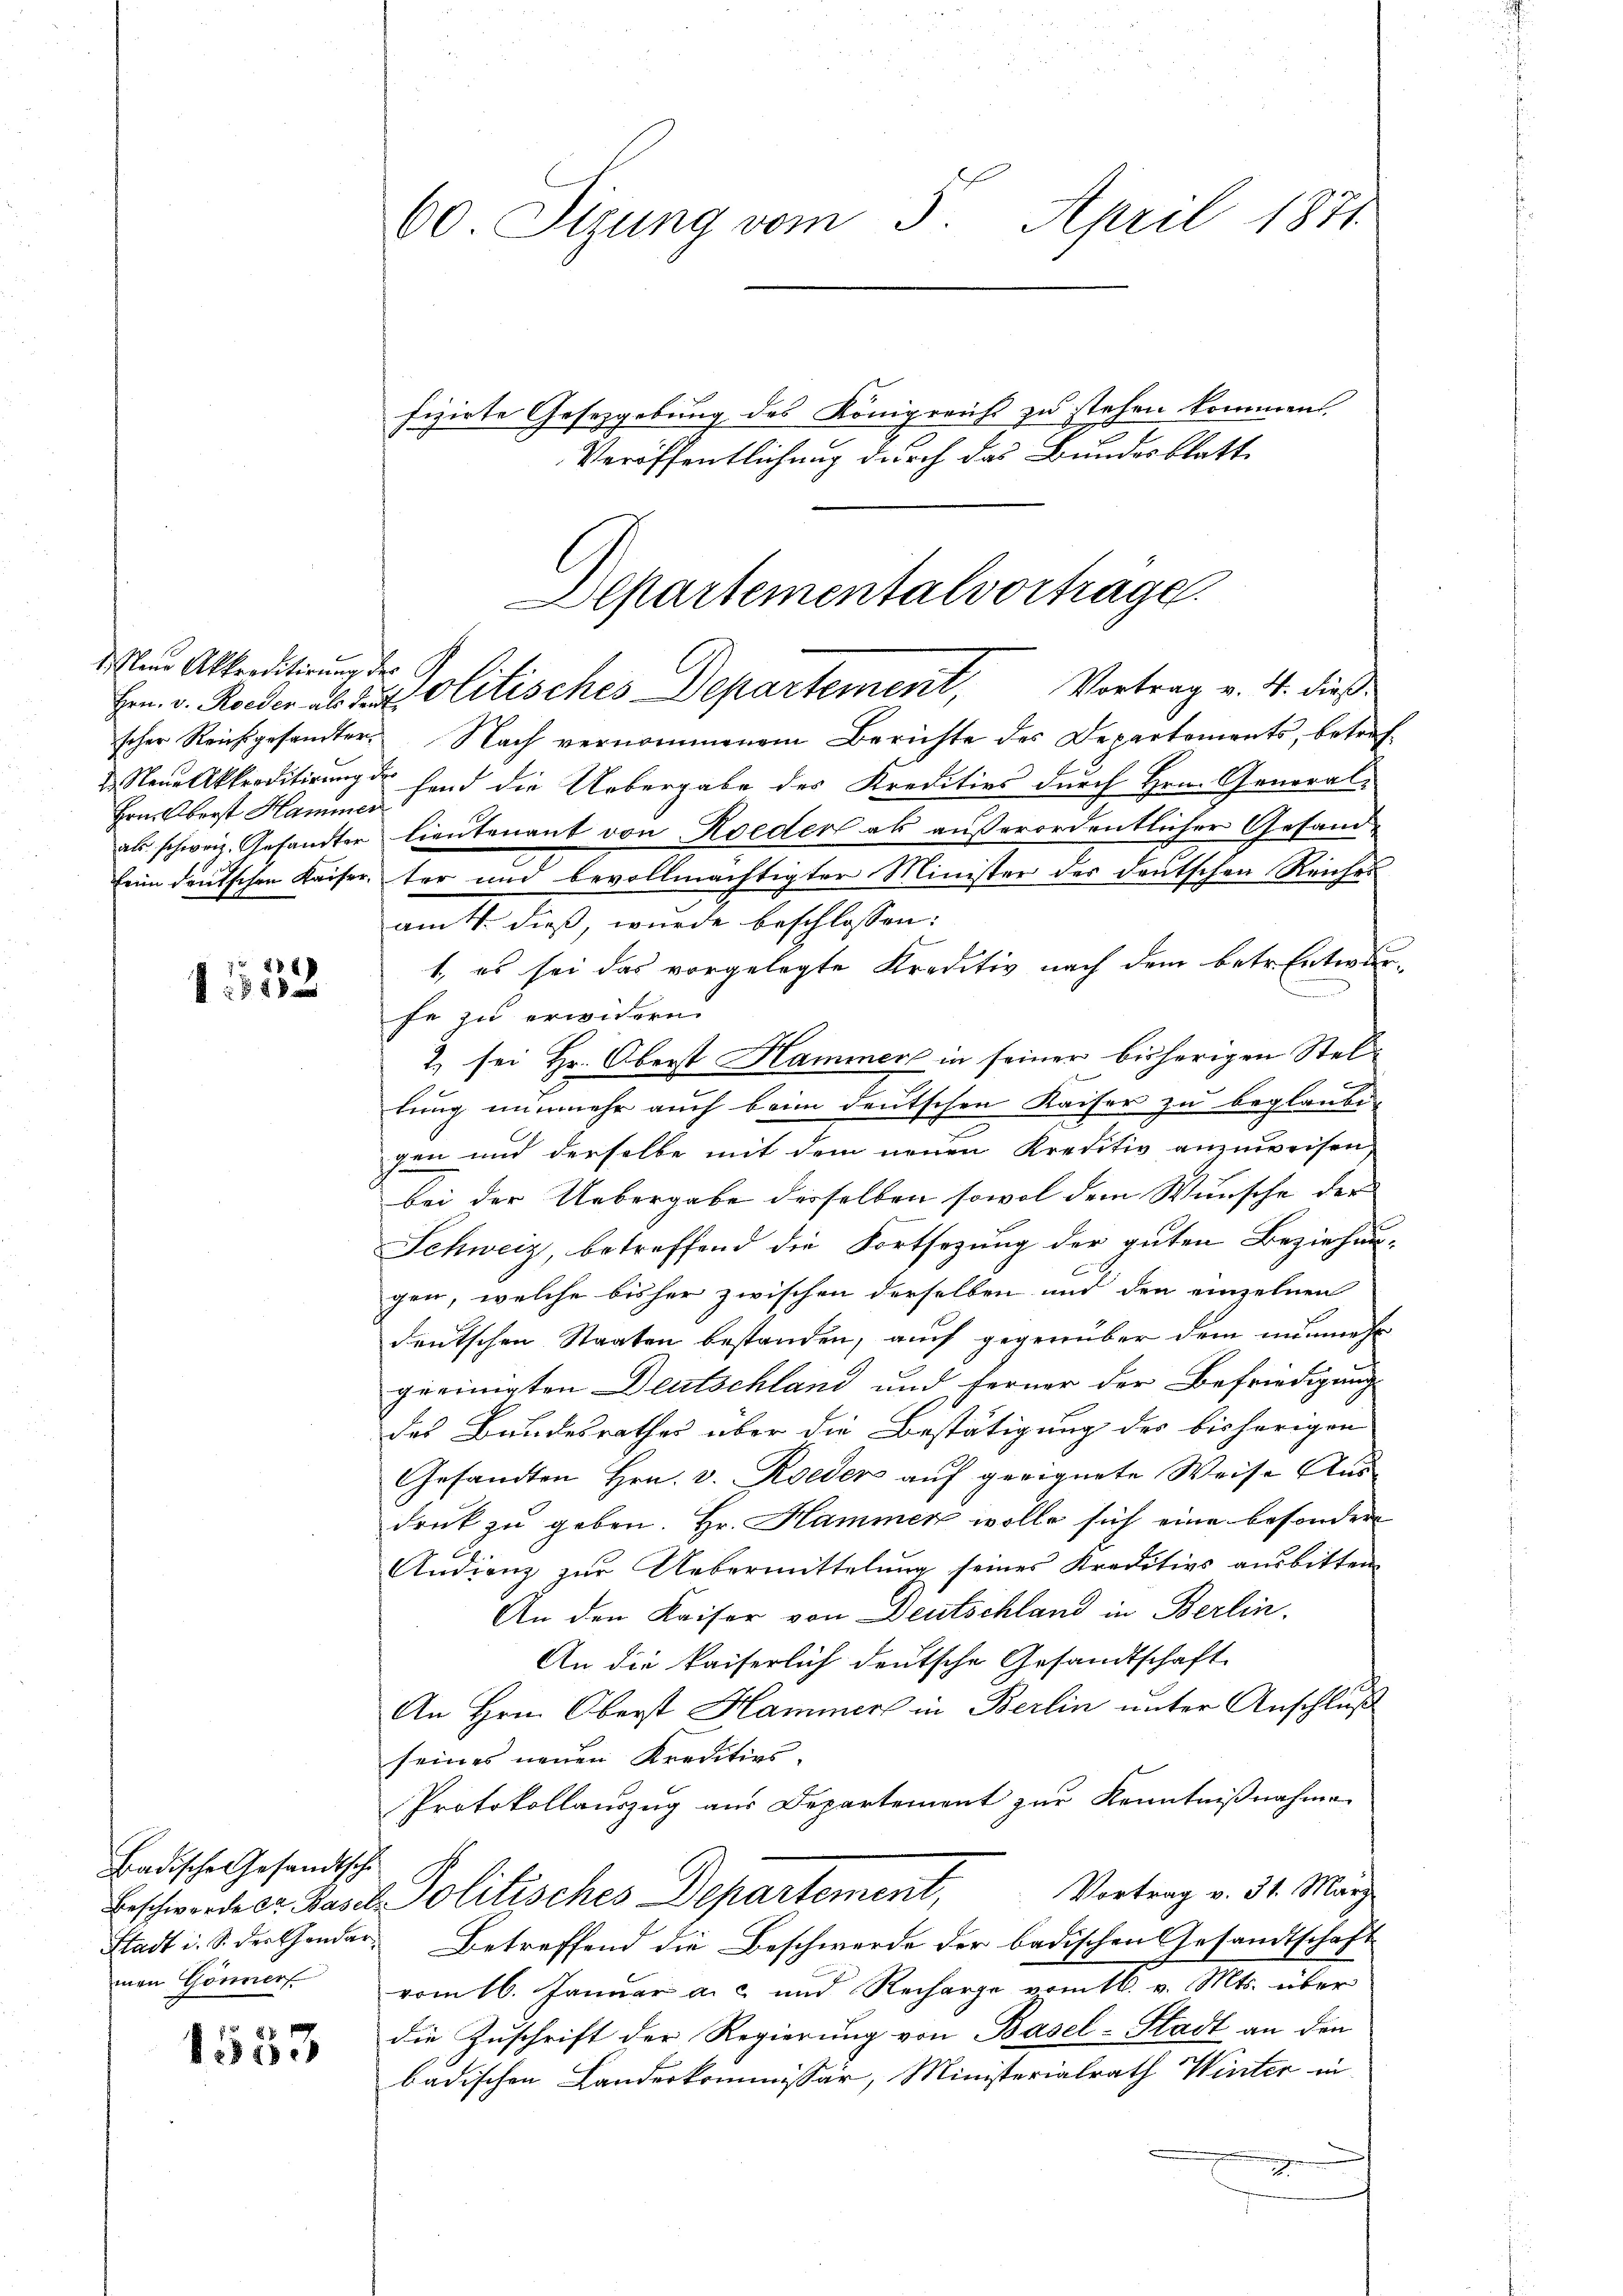
Mend Akkreditirung der G
Hrn. Oberst Hammer

1552

Badischen Gesandtsche
men Gönnerf

1553

60 Tigung vom 3. April 1871.
fizirte Gesetzgebung des Königreich zu stehen kommen.
Veröffentlichung durch das Bundesblatt

Departementalvortrage.
Hrn. v. Roeder ab der Olitisches Departement, Vortrag v. 4. dies

scher Reichgesandter Nach vernommenem Berichte des Departements, betref¬
 Neue Akkreditirung der fand die Uebergabe des Kreditios durch Hrn. Generalals schweiz. Gesandter lieutenant von Koeder als außerordentlicher Gesandfein deutschen Kaiser, ter und bevollmächtigter Minister des deutschen Reiches
amts dieß, wurde beschlossen:
1, es sei das vorgelegte Kreditiv nach dem betr. Entwurfe zu erwidern.
2) sei Hr. Oberst Hammer in seiner bisherigen Stellung nunmehr auch beim deutschen Kaiser zu beglaubi-
gen und derselbe mit dem neuen Kreditiv anzuweisen,
bei der Uebergabe derselben sowol dem Wunsche der
Schweiz, betreffend die Fortsezung der guten Beziehungen, welche bisher zwischen derselben und den einzelnen
deutschen Staaten bestanden, auch gegenüber dem nunmehr
geeinigten Deutschland und Ferner der Befriedigung
des Bundesrathes über die Bestätigung des bisherigen
Gesandten Hrn. v. Roeder auf geeignete Weise Ausdruk zu geben. Hr. Hammen wolle sich eine besonder
Andienz zŭr Uebermittelŭng seines Kreditivs ausbitten
An den Kaiser von Deutschland in Berlin.
An die kaiserlich deutsche Gesandtschaft
An Hrn. Oberst Hammers in Berlin unter Anschluß
seines neuen Kreditios.
Protokollauszug aus Departement zur Kenntnißnahme
Beschwerde s. Basel Politisches Departement, Vertrag v. 31. März
Stadt i. S. die Hander Betreffend die Beschwerde der badischen Gesandtschaft
vom 16. Januar a. c. und Recharge vom 16. v. Mts. über
die Zuschrift der Regierung von Basel-Stadt an den
badischen Landeskommissär, Ministerialrath Winter in